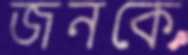
জনকে